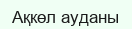
Ақкөл ауданы